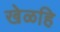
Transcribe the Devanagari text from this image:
खेळहि